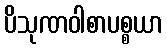
ပိသုဏဝါစာပစ္စယာ